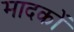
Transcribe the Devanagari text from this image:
मादकों